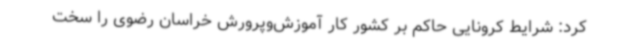
کرد: شرایط کرونایی حاکم بر کشور کار آموزش‌وپرورش خراسان رضوی را سخت